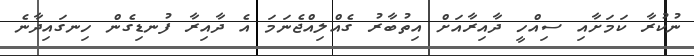
ނުކުރާ ކަމަށާއި ސިއްހީ ދާއިރާއަށް އިތުބާރު ގެއްލިއްޖެނަމަ އެ ދާއިރާ ފުނޑިގެން ހިނގައިދާނެ